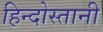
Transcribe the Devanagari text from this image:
हिन्दोस्तानी